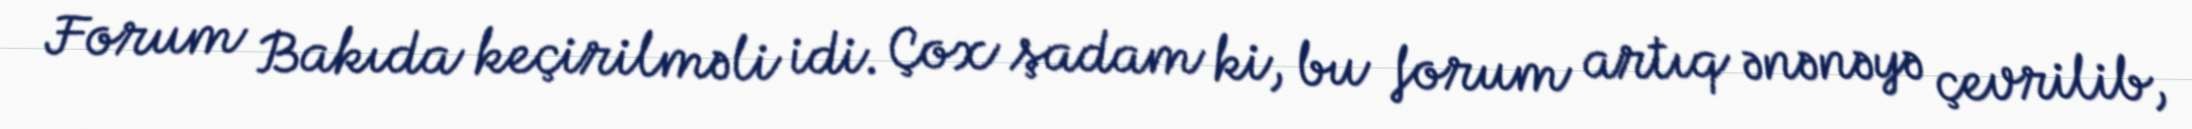
Forum Bakıda keçirilməli idi. Çox şadam ki, bu forum artıq ənənəyə çevrilib,